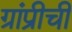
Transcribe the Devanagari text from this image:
ग्रांप्रीची